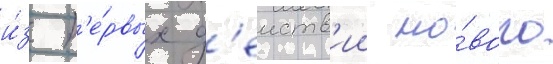
и́з п'е́рвых д'еиств'ии но́вого